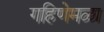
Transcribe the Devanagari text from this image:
गहिणेमळा